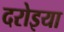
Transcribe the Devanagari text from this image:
दरोइया